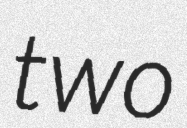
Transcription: two